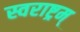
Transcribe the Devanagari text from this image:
स्वराष्ट्रम्‌